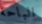
الباحة